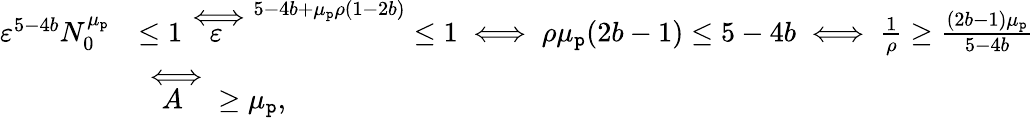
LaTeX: \begin{array}{rl}{\varepsilon^{5-4b}N_{0}^{\mu_{\mathtt{p}}}}&{\le 1\overset\iff\varepsilon^{5-4b+\mu_{\mathtt{p}}\rho(1-2b)}\le 1\iff\rho\mu_{\mathtt{p}}(2b-1)\le 5-4b\iff\frac{1}{\rho}\ge\frac{(2b-1)\mu_{\mathtt{p}}}{5-4b}}\\ &{\overset\iff A\ge\mu_{\mathtt{p}},}\end{array}